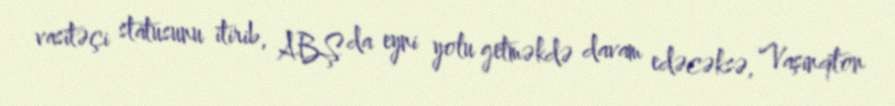
vasitəçi statusunu itirib, ABŞ da eyni yolu getməkdə davam edəcəksə, Vaşinqton